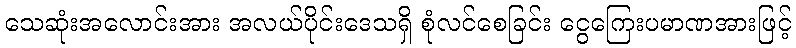
သေဆုံးအလောင်းအား အလယ်ပိုင်းဒေသရှိ စုံလင်စေခြင်း ငွေကြေးပမာဏအားဖြင့်